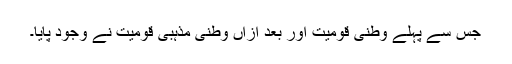
جس سے پہلے وطنی قومیت اور بعد ازاں وطنی مذہبی قومیت نے وجود پایا۔